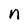
Character: n